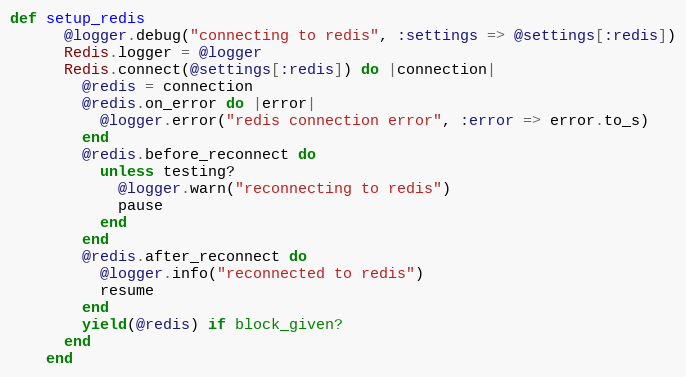
Language: Ruby
def setup_redis
      @logger.debug("connecting to redis", :settings => @settings[:redis])
      Redis.logger = @logger
      Redis.connect(@settings[:redis]) do |connection|
        @redis = connection
        @redis.on_error do |error|
          @logger.error("redis connection error", :error => error.to_s)
        end
        @redis.before_reconnect do
          unless testing?
            @logger.warn("reconnecting to redis")
            pause
          end
        end
        @redis.after_reconnect do
          @logger.info("reconnected to redis")
          resume
        end
        yield(@redis) if block_given?
      end
    end